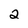
Character: 2